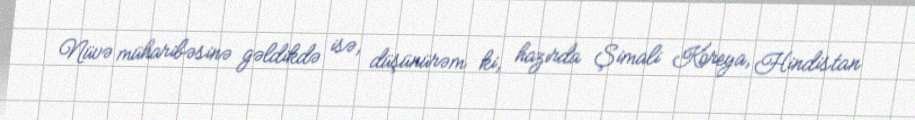
Nüvə müharibəsinə gəldikdə isə, düşünürəm ki, hazırda Şimali Koreya, Hindistan